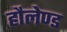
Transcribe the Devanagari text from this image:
हौलेण्ड